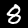
Digit: 8